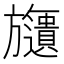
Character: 𣄧